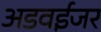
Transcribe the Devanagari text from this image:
अडवईजर